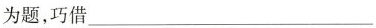
为题，巧借___